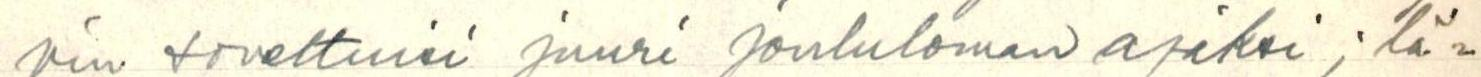
vin soveltuisi juuri joululoman ajaksi; lä=